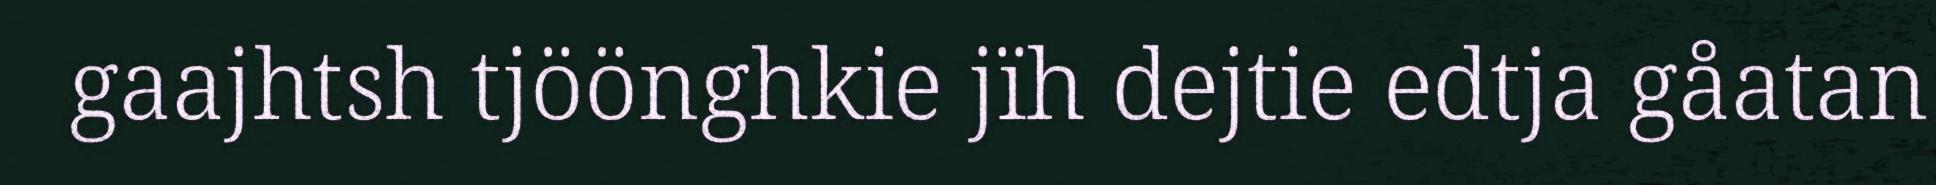
gaajhtsh tjöönghkie jïh dejtie edtja gåatan